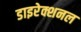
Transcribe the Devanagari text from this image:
डाइरेक्शनल